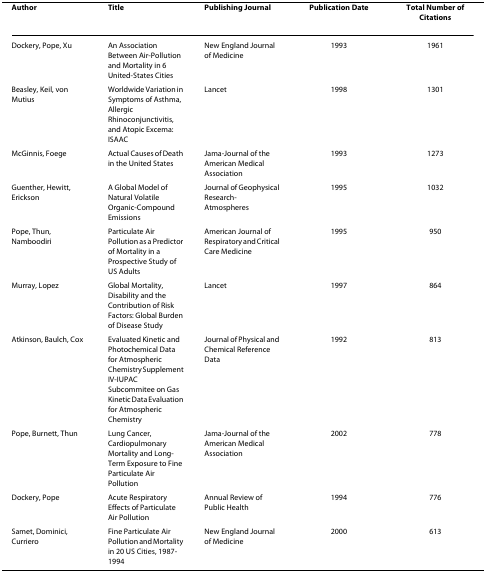
| Author | Title | Publishing Journal | Publication Date | Total Number of Citations |
 | --- | --- | --- | --- | --- |
 | Dockery, Pope, Xu | An Association Between Air-Pollution and Mortality in 6 United-States Cities | New England Journal of Medicine | 1993 | 1961 |
 | Beasley, Keil, von Mutius | Worldwide Variation in Symptoms of Asthma, Allergic Rhinoconjunctivitis, and Atopic Excema: ISAAC | Lancet | 1998 | 1301 |
 | McGinnis, Foege | Actual Causes of Death in the United States | Jama-Journal of the American Medical Association | 1993 | 1273 |
 | Guenther, Hewitt, Erickson | A Global Model of Natural Volatile Organic-Compound Emissions | Journal of Geophysical Research-Atmospheres | 1995 | 1032 |
 | Pope, Thun, Namboodiri | Particulate Air Pollution as a Predictor of Mortality in a Prospective Study of US Adults | American Journal of Respiratory and Critical Care Medicine | 1995 | 950 |
 | Murray, Lopez | Global Mortality, Disability and the Contribution of Risk Factors: Global Burden of Disease Study | Lancet | 1997 | 864 |
 | Atkinson, Baulch, Cox | Evaluated Kinetic and Photochemical Data for Atmospheric Chemistry Supplement IV-IUPAC Subcommitee on Gas Kinetic Data Evaluation for Atmospheric Chemistry | Journal of Physical and Chemical Reference Data | 1992 | 813 |
 | Pope, Burnett, Thun | Lung Cancer, Cardiopulmonary Mortality and Long-Term Exposure to Fine Particulate Air Pollution | Jama-Journal of the American Medical Association | 2002 | 778 |
 | Dockery, Pope | Acute Respiratory Effects of Particulate Air Pollution | Annual Review of Public Health | 1994 | 776 |
 | Samet, Dominici, Curriero | Fine Particulate Air Pollution and Mortality in 20 US Cities, 1987-1994 | New England Journal of Medicine | 2000 | 613 |